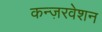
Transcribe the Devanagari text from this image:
कन्ज़रवेशन